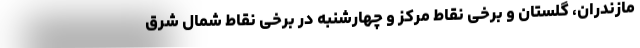
مازندران،‌ گلستان و برخی نقاط مرکز و چهارشنبه در برخی نقاط شمال شرق